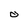
Character: o